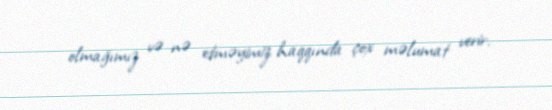
olmağımız və nə etməyimiz haqqında çox məlumat verir.